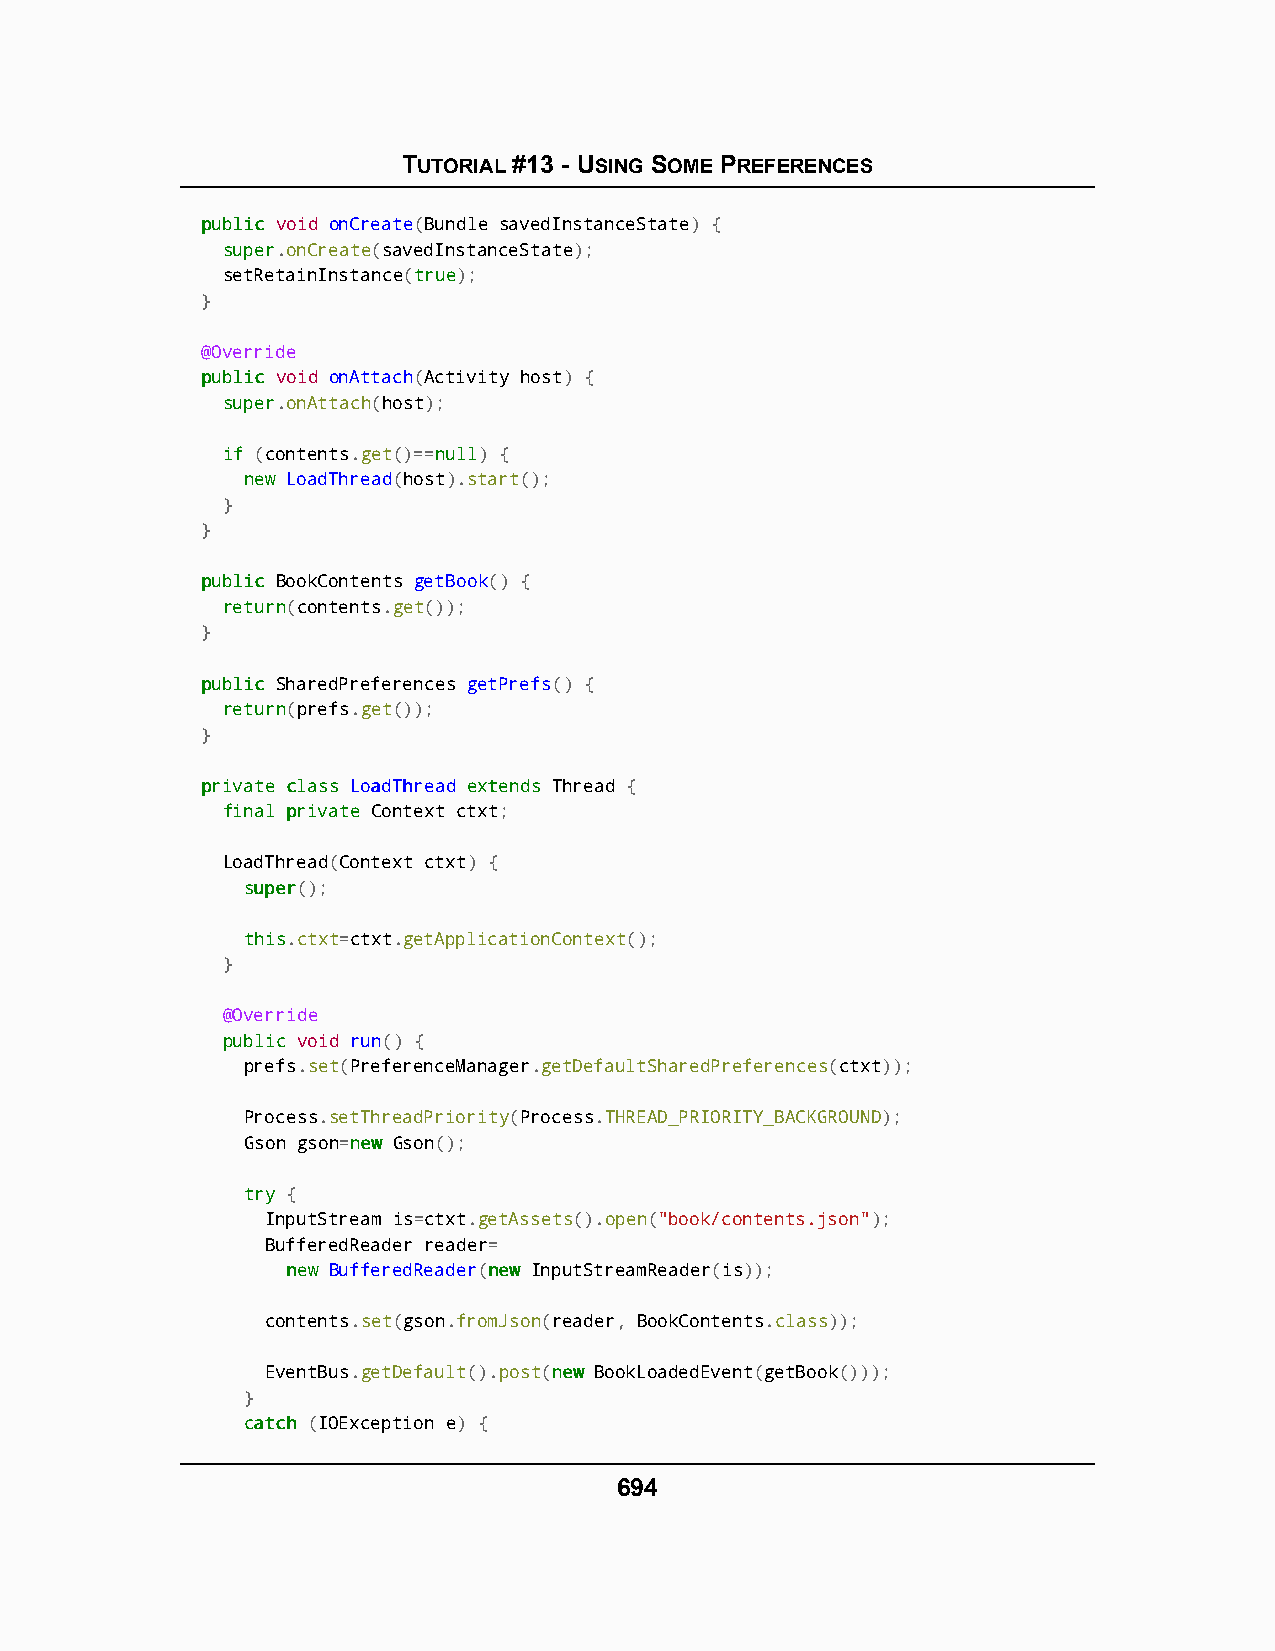
TUTORIAL #13 - USING SOME PREFERENCES
 ppuubblliicc void onCreate(Bundle savedInstanceState) {
 ssuuppeerr.onCreate(savedInstanceState);
 setRetainInstance(ttrruuee);
 }
 @Override
 ppuubblliicc void onAttach(Activity host) {
 ssuuppeerr.onAttach(host);
 iiff (contents.get()==nnuullll) {
 nneeww LoadThread(host).start();
 }
 }
 ppuubblliicc BookContents getBook() {
 rreettuurrnn(contents.get());
 }
 ppuubblliicc SharedPreferences getPrefs() {
 rreettuurrnn(prefs.get());
 }
 pprriivvaattee ccllaassss LLooaaddTThhrreeaadd eexxtteennddss Thread {
 ffiinnaall pprriivvaattee Context ctxt;
 LoadThread(Context ctxt) {
 ssuuppeerr();
 tthhiiss.ctxt=ctxt.getApplicationContext();
 }
 @Override
 ppuubblliicc void run() {
 prefs.set(PreferenceManager.getDefaultSharedPreferences(ctxt));
 Process.setThreadPriority(Process.THREAD_PRIORITY_BACKGROUND);
 Gson gson=nneeww Gson();
 ttrryy {
 InputStream is=ctxt.getAssets().open("book/contents.json");
 BufferedReader reader=
 nneeww BufferedReader(nneeww InputStreamReader(is));
 contents.set(gson.fromJson(reader, BookContents.class));
 EventBus.getDefault().post(nneeww BookLoadedEvent(getBook()));
 }
 ccaattcchh (IOException e) {
 694